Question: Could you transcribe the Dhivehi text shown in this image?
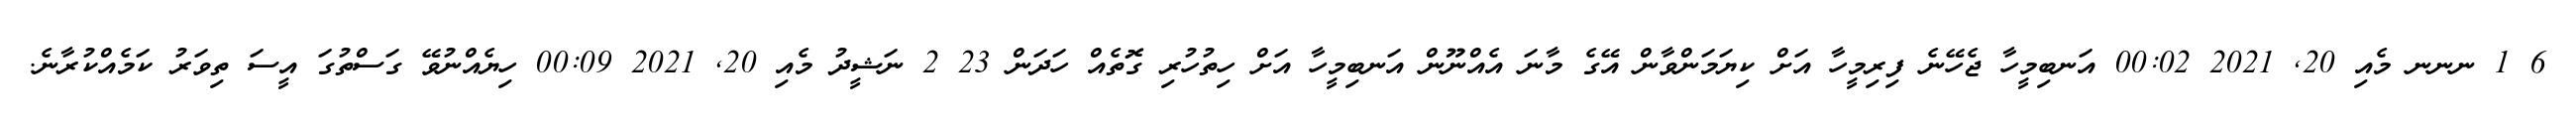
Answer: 6 1 ނނނ މެއި 20, 2021 00:02 އަނބިމީހާ ޖެހޭނެ ފިރިމީހާ އަށް ކިޔަމަންވާން އޭގެ މާނަ އެއްނޫން އަނބިމީހާ އަށް ހިތުހުރި ގޮތެއް ހަދަން 23 2 ނަޝީދު މެއި 20, 2021 00:09 ހިޔެއްނުވޭ ގަސްތުގަ އީސަ ތިވަރު ކަމެއްކުރާނެ.